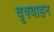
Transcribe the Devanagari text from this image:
वृषवाहन